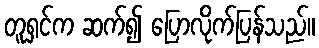
တူရှင်က ဆက်၍ ပြောလိုက်ပြန်သည်။